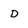
Character: D